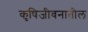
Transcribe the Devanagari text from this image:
कृषिजीवनातील